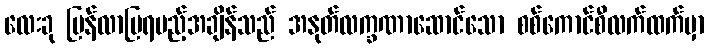
လေးခု ပြန်လာပြရမည့်အချိန်သည် အနုတ်လက္ခဏာဆောင်သော စစ်ကောင်စီလက်ထက်မှာ